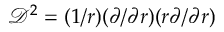
\mathcal { D } ^ { 2 } = ( 1 / r ) ( \partial / \partial r ) ( r \partial / \partial r )